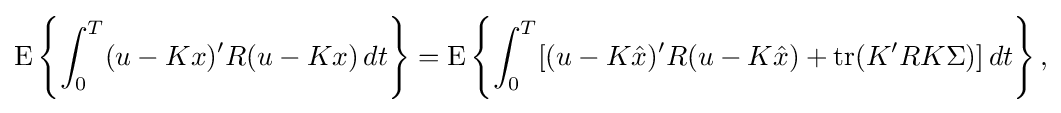
{\begin{aligned}\operatorname {E} \left\{\int _{0}^{T}(u-Kx)'R(u-Kx)\,dt\right\}=\operatorname {E} \left\{\int _{0}^{T}[(u-K{\hat {x}})'R(u-K{\hat {x}})+\operatorname {tr} (K'RK\Sigma )]\,dt\right\},\end{aligned}}